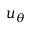
u _ { \theta }